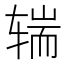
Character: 𰺒